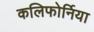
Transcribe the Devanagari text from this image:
कलिफोर्निया